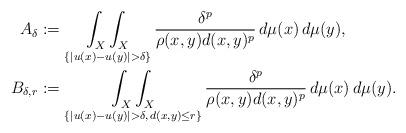
LaTeX: \begin{align*}A_{\delta} &:= \mathop{\int_X\int_X}_{\{|u(x)-u(y)|>\delta\}} \frac{\delta^p}{\rho(x,y)d(x,y)^{p}} \, d \mu(x) \, d \mu(y), \\B_{\delta, r} &:= \mathop{\int_X\int_X}_{\{|u(x)-u(y)|>\delta,\, d(x,y) \leq r \}} \frac{\delta^p}{\rho(x,y)d(x,y)^{p}} \, d \mu(x) \, d \mu(y).\end{align*}